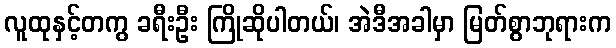
လူထုနှင့်တကွ ခရီးဦး ကြိုဆိုပါတယ်၊ အဲဒီအခါမှာ မြတ်စွာဘုရားက